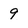
Character: 9